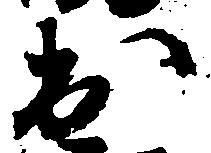
出